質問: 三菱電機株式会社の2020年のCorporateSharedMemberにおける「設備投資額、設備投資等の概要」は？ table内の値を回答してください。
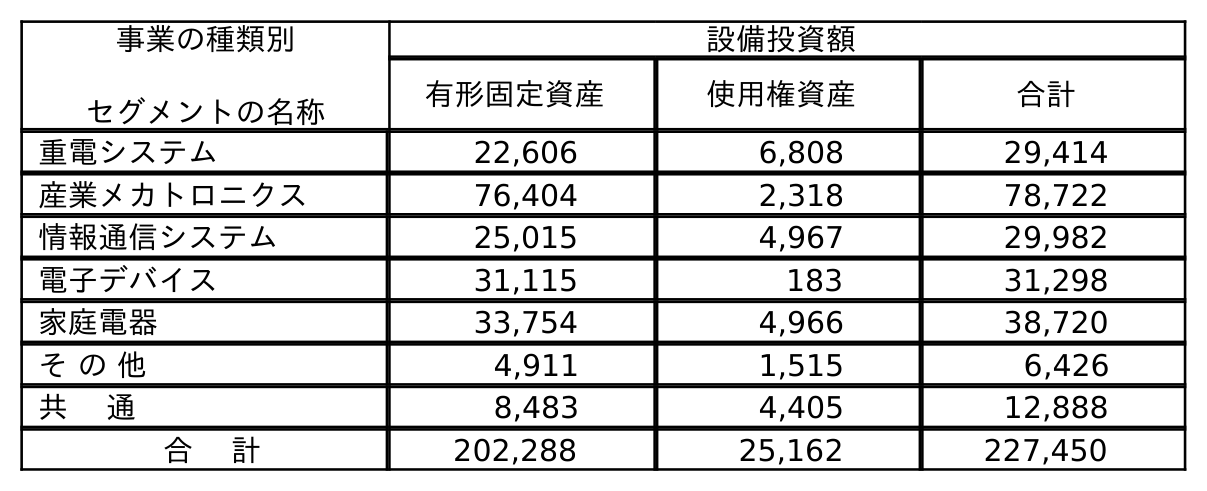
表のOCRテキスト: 事業の種類別 セグメントの名称 設備投資額 有形固定資産 使用権資産 合計 重電システム 22,606 6,808 29,414 産業メカトロニクス 76,404 2,318 78,722 情報通信システム 25,015 4,967 29,982 電子デバイス 31,115 183 31,298 家庭電器 33,754 4,966 38,720 そ の 他 4,911 1,515 6,426 共 通 8,483 4,405 12,888 合 計 202,288 25,162 227,450
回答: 12,888